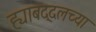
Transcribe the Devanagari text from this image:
ह्याबद्दलच्या